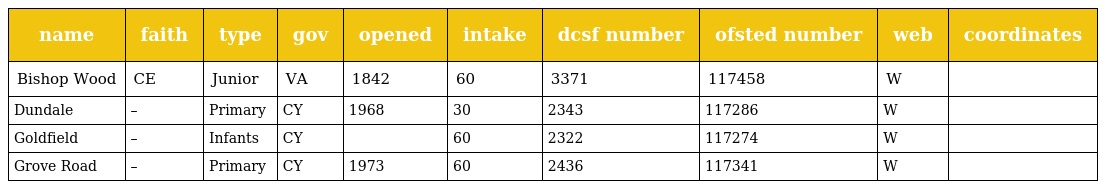
| name | faith | type | gov | opened | intake | dcsf number | ofsted number | web | coordinates |
 | --- | --- | --- | --- | --- | --- | --- | --- | --- | --- |
 | Bishop Wood | CE | Junior | VA | 1842 | 60 | 3371 | 117458 | W |  |
 | Dundale | – | Primary | CY | 1968 | 30 | 2343 | 117286 | W |  |
 | Goldfield | – | Infants | CY |  | 60 | 2322 | 117274 | W |  |
 | Grove Road | – | Primary | CY | 1973 | 60 | 2436 | 117341 | W |  |